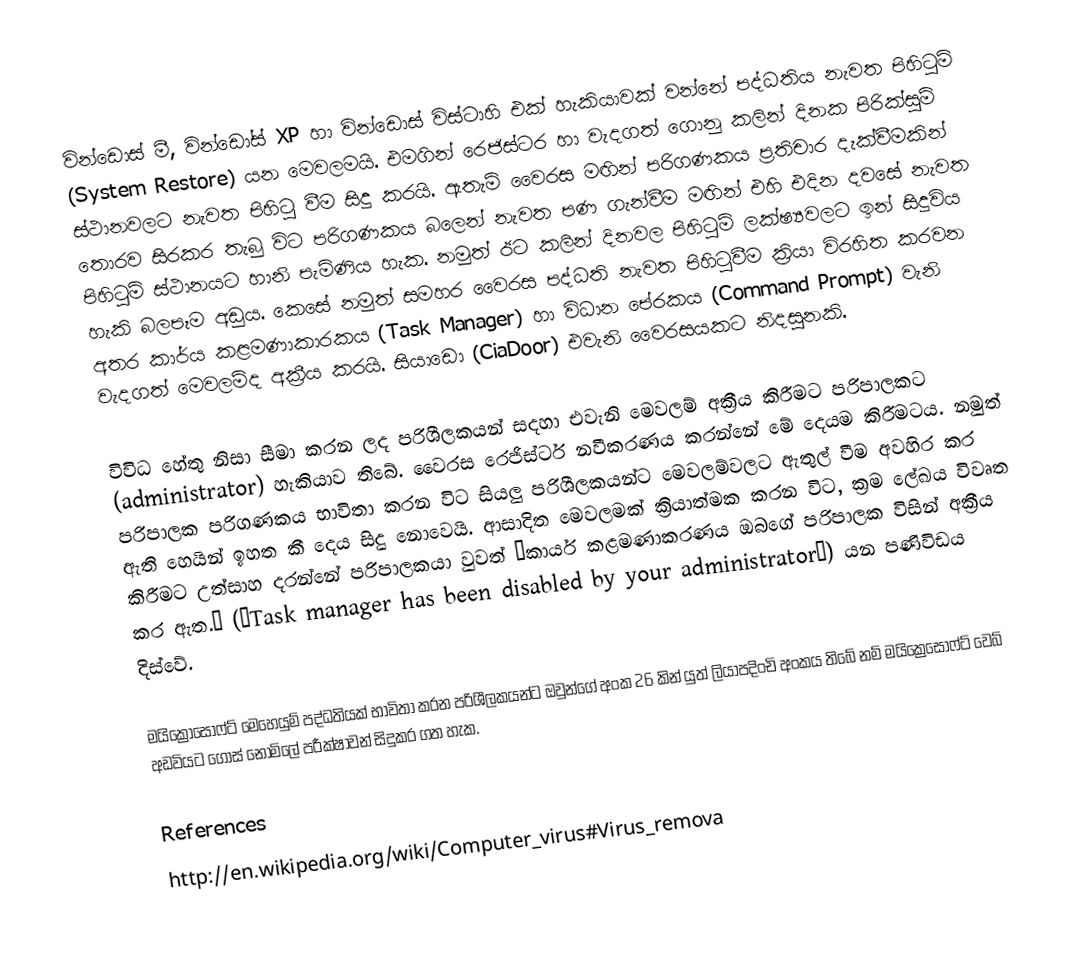
වින්ඩොස් මී, වින්ඩෝස් XP හා වින්ඩොස් විස්ටාහි එක් හැකියාවක් වන්නේ පද්ධතිය නැවත පිහිටුම් (System Restore) යන මෙවලමයි. එමගින් රෙජිස්ටර හා වැදගත් ගොනු  කලින් දිනක  පිරික්සුම් ස්ථානවලට නැවත පිහිටු වීම  සිදු කරයි. ඇතැම් වෛරස මඟින් පරිගණකය ප්‍රතිචාර දැක්වීමකින් තොරව සිරකර තැබු විට පරිගණකය බලෙන් නැවත පණ ගැන්වීම මඟින් එහි එදින දවසේ නැවත පිහිටුම් ස්ථානයට හානි පැමිණිය හැක. නමුත් ඊට කලින් දිනවල පිහිටුම් ලක්ෂ්‍යවලට ඉන් සිදුවිය හැකි බලපෑම අඩුය. කෙසේ නමුත් සමහර වෛරස පද්ධති නැවත පිහිටුවීම ක්‍රියා විරහිත කරවන අතර කාර්ය කළමණාකාරකය (Task Manager) හා විධාන පේරකය (Command Prompt) වැනි වැදගත් මෙවලම්ද අක්‍රීය කරයි. සියාඩො (CiaDoor) එවැනි වෛරසයකට නිදසුනකි.

විවිධ හේතු නිසා සීමා කරන ලද පරිශීලකයන් සදහා එවැනි මෙවලම් අක්‍රීය කිරීමට පරිපාලකට (administrator) හැකියාව තිබේ. වෛරස රෙජිස්ටර් නවීකරණය කරන්නේ මේ දෙයම කිරීමටය. නමුත් පරිපාලක පරිගණකය භාවිතා කරන විට සියලු පරිශීලකයන්ට මෙවලම්වලට ඇතුල් වීම අවහිර කර ඇති හෙයින් ඉහත කී දෙය සිදු නොවෙයි. ආසාදිත මෙවලමක් ක්‍රියාත්මක කරන විට, ක්‍රම ලේඛය විවෘත කිරීමට උත්සාහ දරන්නේ පරිපාලකයා වුවත් “කාර්ය කළමණාකරණය ඔබගේ පරිපාලක විසින් අක්‍රීය කර ඇත.” (“Task manager has been disabled by your administrator”) යන පණිවිඩය දිස්වේ.

මයික්‍රෝසොෆ්ට් මෙහෙයුම් පද්ධතියක් භාවිතා කරන පරිශීලකයන්ට ඔවුන්ගේ අංක 26 කින් යුත් ලියාපදිංචි අංකය තිබේ නම් මයික්‍රෙසොෆ්ට් වෙබ් අඩවියට ගොස් නොමිලේ පරීක්ෂාවන් සිදුකර ගත හැක.

References
http://en.wikipedia.org/wiki/Computer_virus#Virus_remova